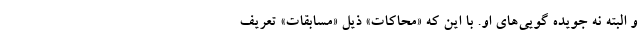
و البته نه جویده گویی‌های او. با این که «محاکات» ذیل «مسابقات» تعریف